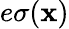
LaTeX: e\sigma(\mathbf{x})